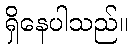
ရှိနေပါသည်။